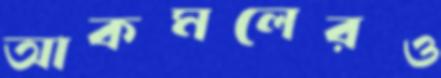
আকমলেরও